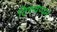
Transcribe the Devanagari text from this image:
तिरुवप्पन